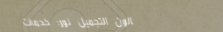
صالون التجميل نور: خدمات